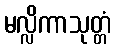
မလ္လိကာသုတ္တံ